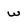
Character: w